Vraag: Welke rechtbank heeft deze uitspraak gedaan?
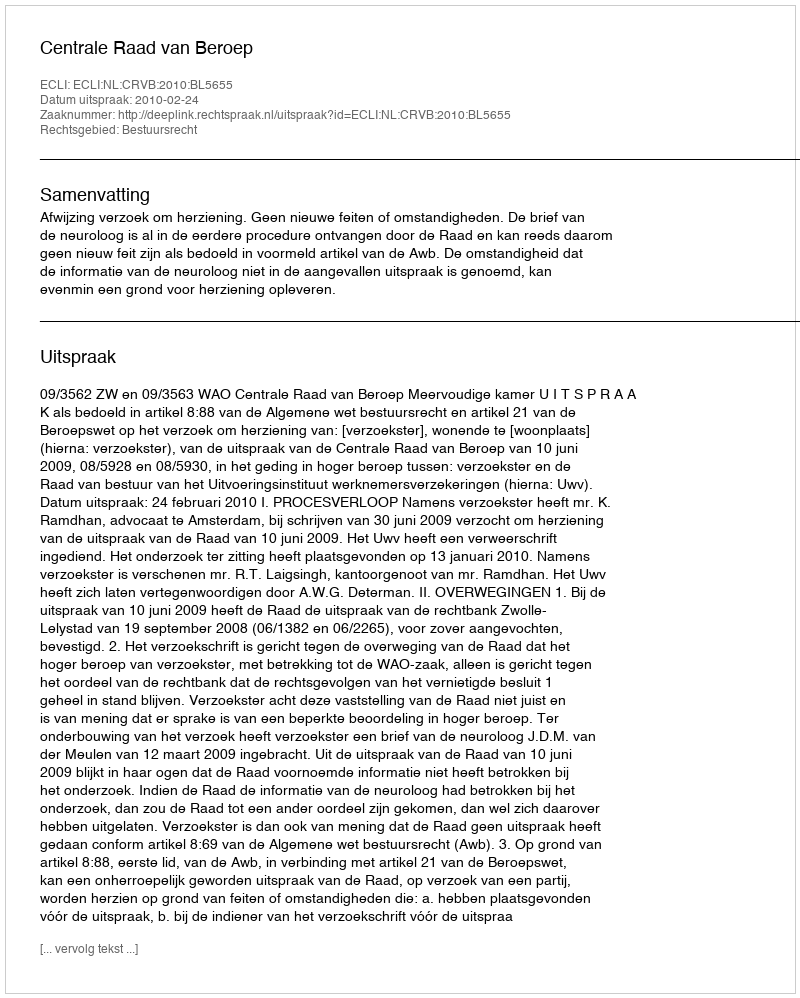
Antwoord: Centrale Raad van Beroep